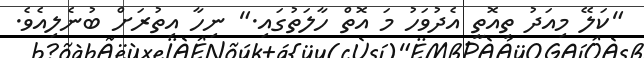
"ކަލޭ މިއަދު ތިއޮތީ އެދުވަހު މަ އޮތް ހާލަތުގައި." ނިހާ އިތުރަށް ބުނެލިއެވެ.